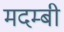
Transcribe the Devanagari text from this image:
मदम्बी